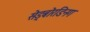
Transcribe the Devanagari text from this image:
सेड्बोरडिनग